Problem: 35 + 38 = ?
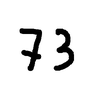
Handwritten answer: 73